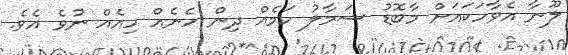
ލޫނާ އެވާހަކައަށް މާބޮޑު ސަމާލު ކަމެއް ދިން ހެނެއް ހިއެއް ނުވެ އެވެ.